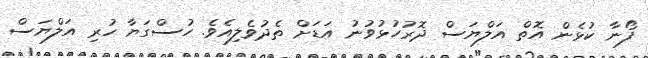
ފޯނާ ކުޅެން އޮތް އަލްޔަސް ދޮރުހުޅުވުނު އަޑަށް ތެދުވެލިއެވެ. ހުސްގަޔާ ހުރި އަލްޔަސް